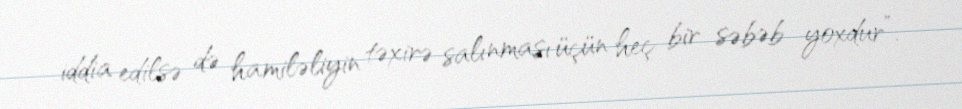
iddia edilsə də hamiləliyin təxirə salınması üçün heç bir səbəb yoxdur”.